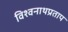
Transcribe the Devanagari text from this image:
विश्वनाथप्रताप